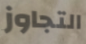
التجاوز